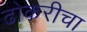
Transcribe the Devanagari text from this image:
ढोकरीचा